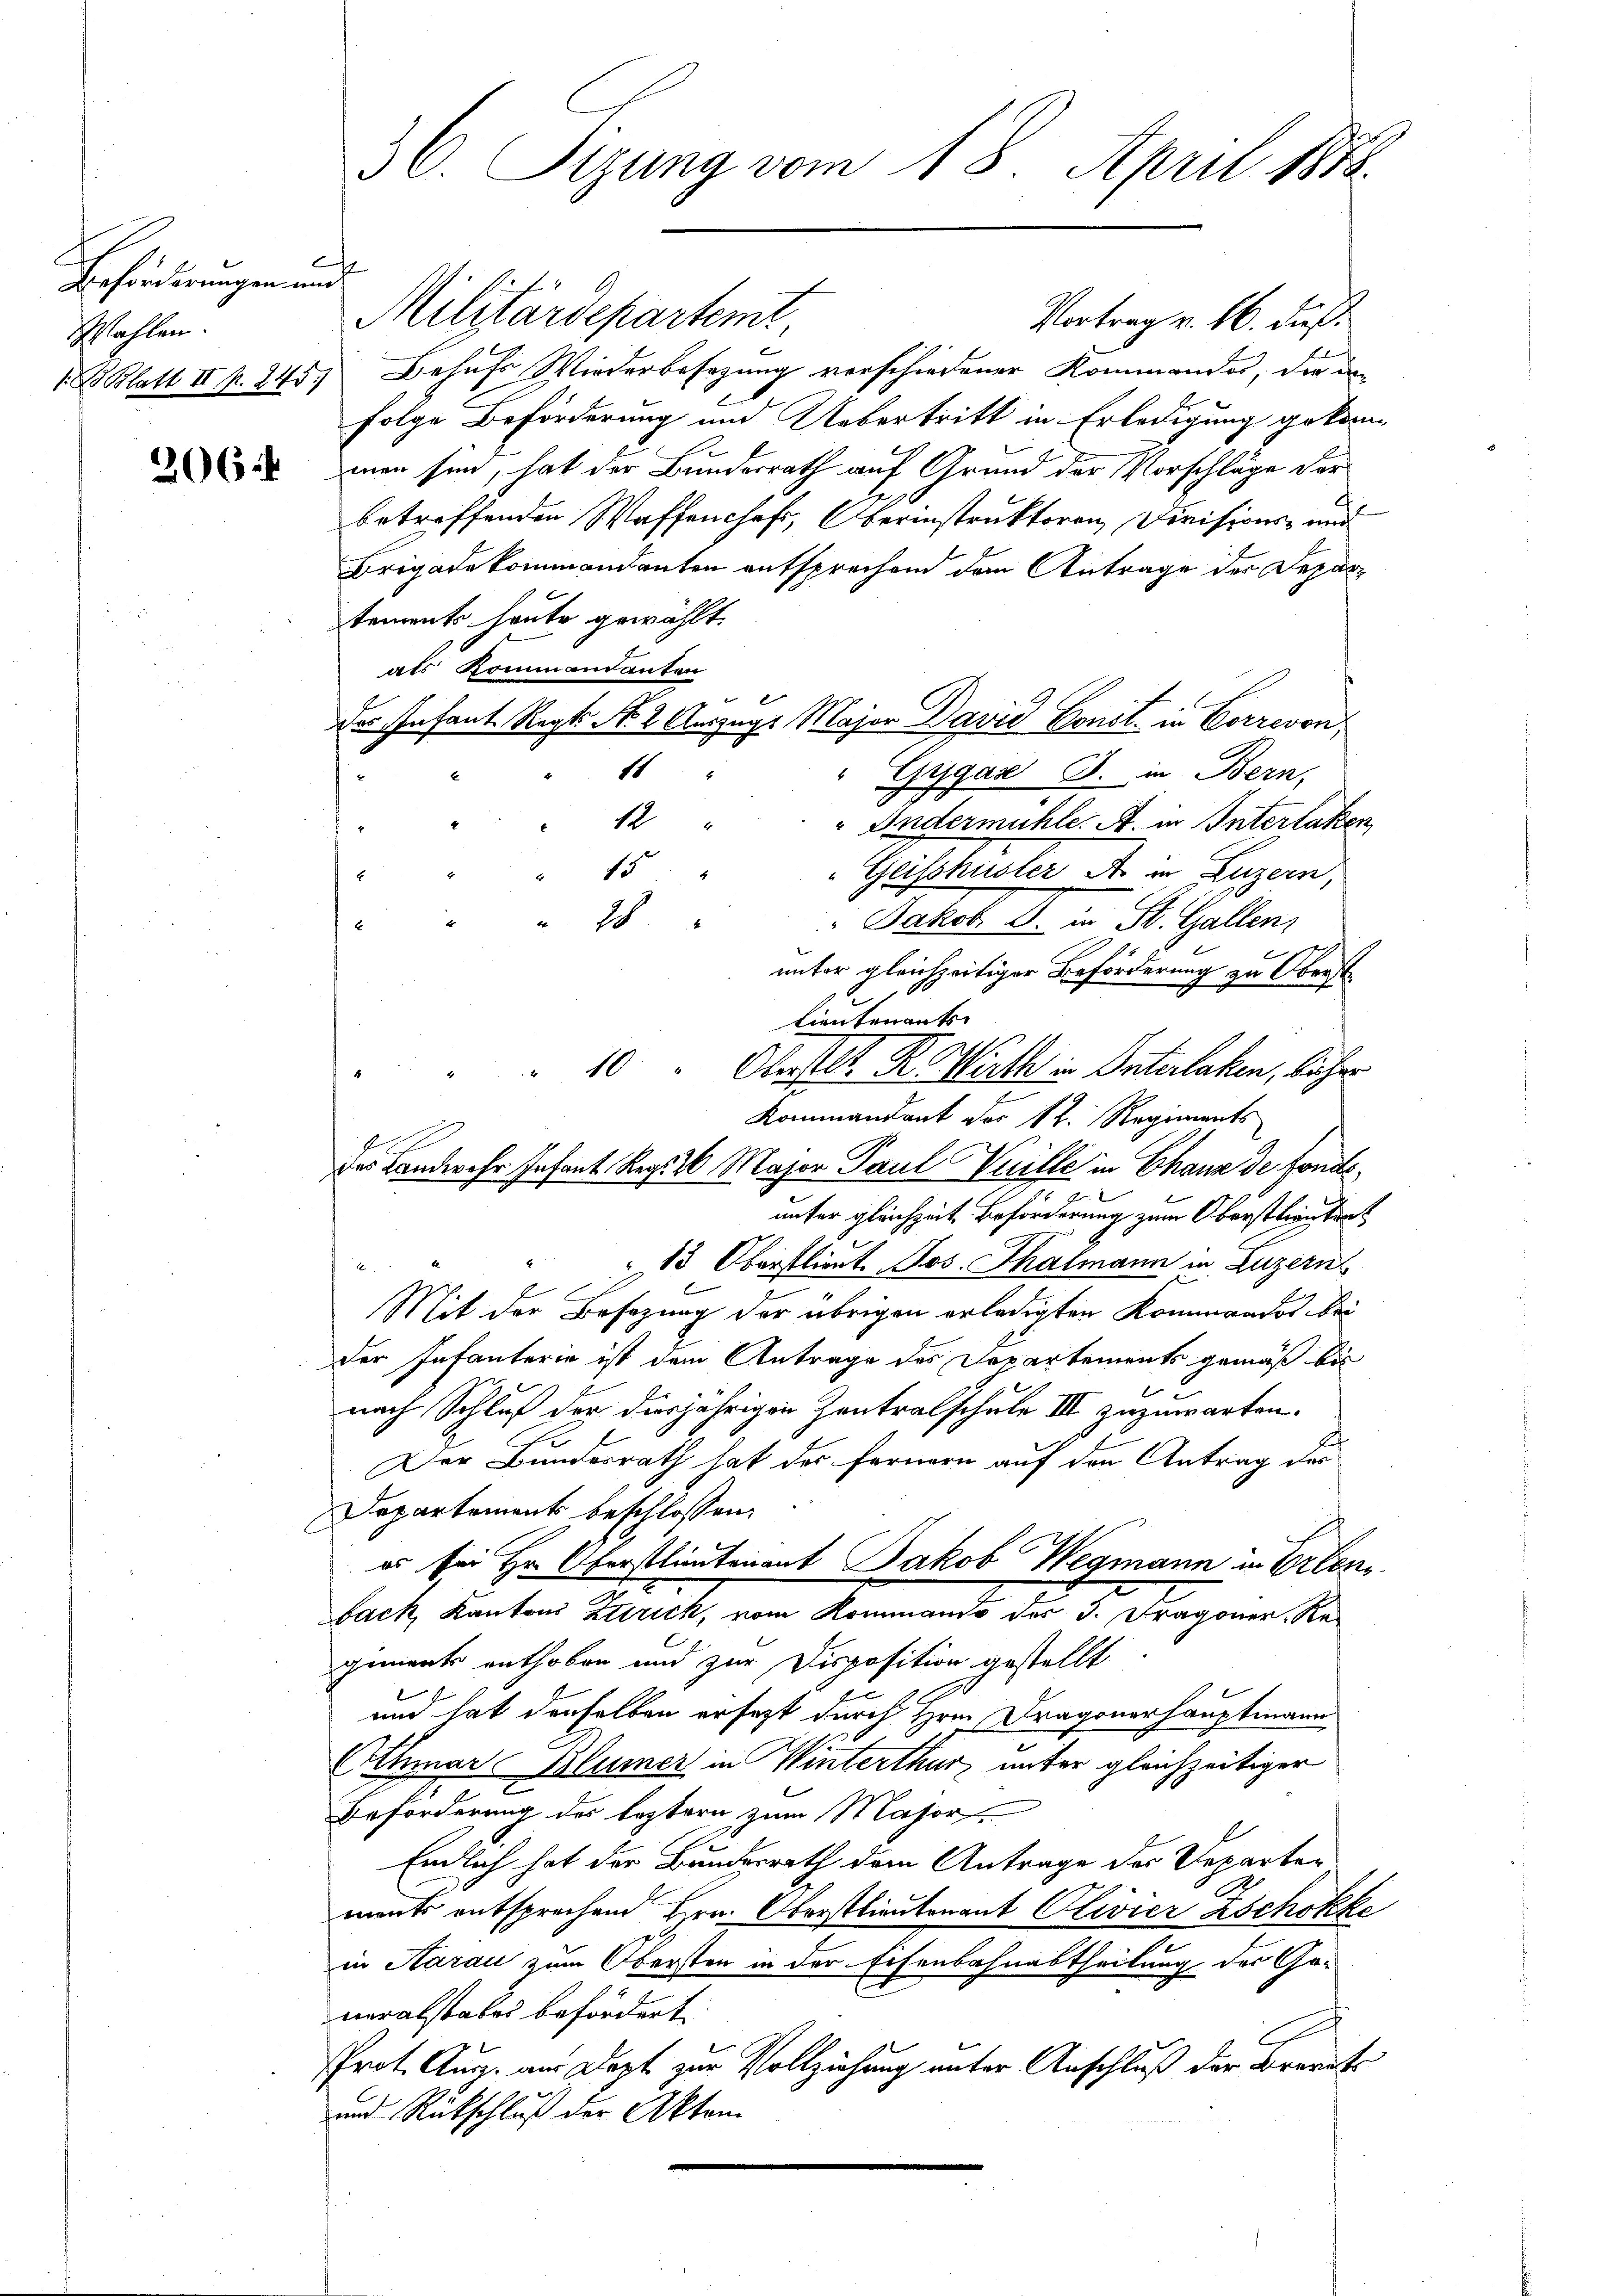
Beförderungen und
Wahlen.

206.

Militärdepartemt,
Vortrag v. 16. dieß
 Blatt II f. 245, Behufs Wiederbesezung verschiedener Kommandor, die an
folge Beförderung und Uebertritt in Erledigung gekom
men sind, hat der Bundesrath auf Grund der Vorschläge der
betreffenden Waffenhaft, Oberinstruktoren Divisions- und
Brigadekommendanten entsprechend dem Antrage der Departements heute gewählt.
als Kommandanten
de Infant. Rept No. 2. Auszugs Major David Const in Correvon,
11
" Gygar E. in Bern,
12
" Andermühle. A. in Interlaken,
 45
"Geisshusler A in Luzern,
d
Jakob S. in St. Gallen,
28
E
unter gleichzeitiger Beförderung zu Oberst¬
2
Lieutenants
10 " Oberstl. R. Wirth - Unterlaken, licher
Kommandant der kk. Regiments
des Landwehr Infant Reg. 26. Major Paul Vuille in Chaux de fondsunter gleichzeit Beförderung zum Oberstlieutent
18 Oberstlieut. Jos. Thalmann in Luzern
Mit der Besizung der übrigen erledigten Kommandos bei
der Infanterie ist dem Antrage des Departements gemäß bis
e
2
nach Schluß der diesjährigen Zentralschule III zuzuwarten.
2
Der Bundesrath hat der fernern auf den Antrag des
Departements beschlossen:
es sei Hr. Oberstlieutenant Jakob Wegmann in Erben
back, Kantons Zutrick, vom Kommando des J. Dragoner Re-
giments enthoben und zur Disposition gestellt

und hat denselben ersezt durch Hrn. Dragonerhauptmann
Othmar Blümer in Winterthur unter gleichzeitiger
7

Beförderung des leztern zum Major
Endlich hat der Bundesrath dem Antrage des Departements entsprechend Hrn. Oberstlieutenant Clivier Zschokke
in Aarau zum Obersten in der Eisenbahnabtheilung des Generalstabes befördert.
Prot. Aug. am Dopt zur Vollziehung unter Anschluß der Breits
und Rückschluß der Akten

36. Sizung vom 18. April 1888.